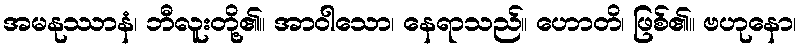
အမနုဿာနံ၊ ဘီလူးတို့၏။ အာဝါသော၊ နေရာသည်။ ဟောတိ၊ ဖြစ်၏။ ဗဟုနော၊